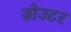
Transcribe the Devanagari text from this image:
सोउटर